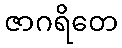
ဇာဂရိတေ